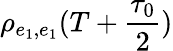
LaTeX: \rho_{e_{1},e_{1}}(T+\frac{\tau_{0}}{2})